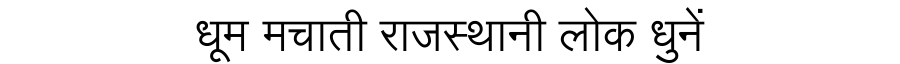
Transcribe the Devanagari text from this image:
धूम मचाती राजस्थानी लोक धुनें